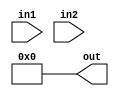
`timescale 1ns / 1ps

module Mux_2x1_par #(parameter N = 18,Select = "Hello")
(
    input [N-1:0]in1,in2,
    output [N-1:0]out
);
assign out = Select == "DIRECT"?in1:Select=="CASCADE"?in2:'b0;

endmodule